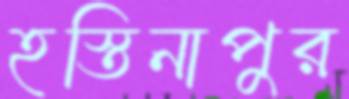
হস্তিনাপুর